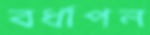
বর্ধাপন